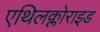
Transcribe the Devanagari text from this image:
एथिलक्लोराइड